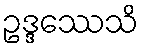
ဥဒ္ဒဿေသိ